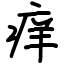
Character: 痒